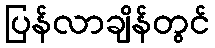
ပြန်လာချိန်တွင်